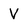
Character: V